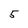
Character: 5